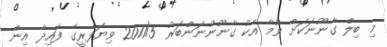
މި ބިލް ގާނޫނަކަށް ވުމާ އެކު ގާނޫނުނަންބަރު 2011/5 ވިޔަފާރީގެ ފައިދާ އިން